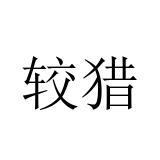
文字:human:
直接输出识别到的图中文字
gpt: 较猎